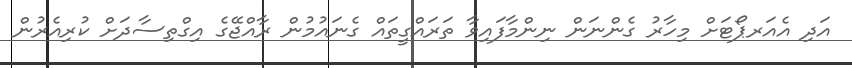
އަދި އެއަރޕޯޓަށް މިހާރު ގެންނަން ނިންމާފައިވާ ތަރައްގީތައް ގެނައުމުން ރާއްޖޭގެ އިގްތިސާދަށް ކުރިއެރުން